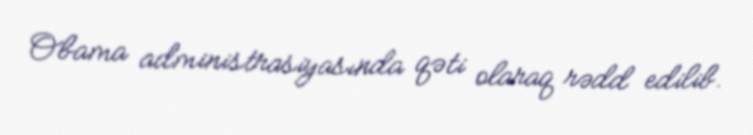
Obama administrasiyasında qəti olaraq rədd edilib.